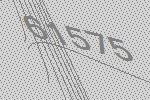
61575